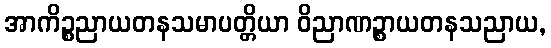
အာကိဉ္စညာယတနသမာပတ္တိယာ ဝိညာဏဉ္စာယတနသညာယ,